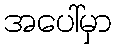
အပေါ်မှာ